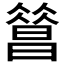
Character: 𣊦